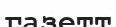
газетт